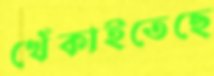
খেঁকাইতেছে